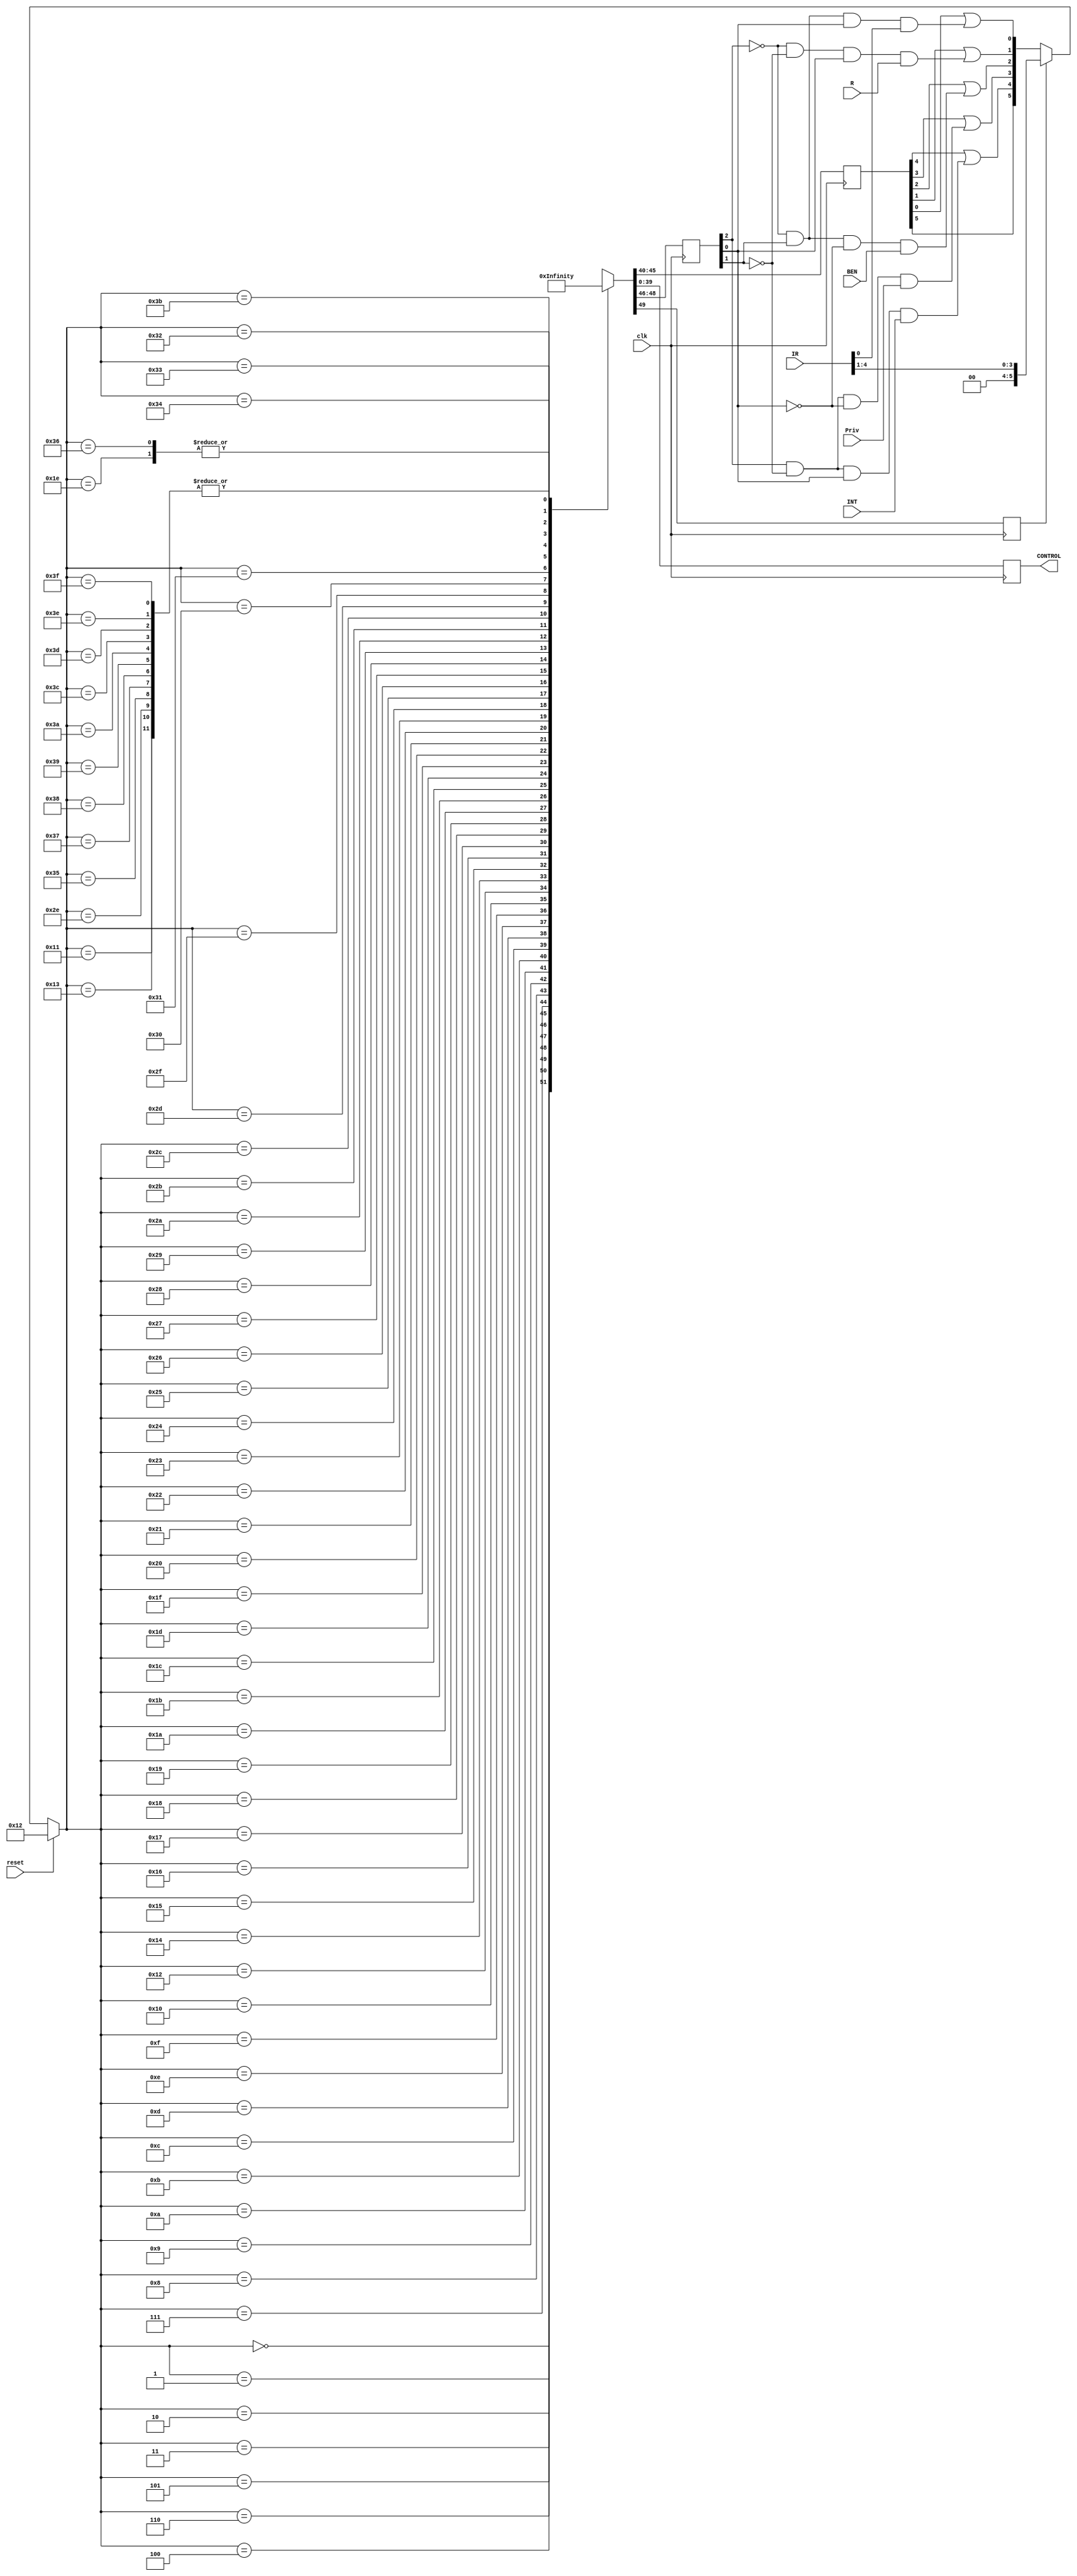
`timescale 1ns / 1ps
//////////////////////////////////////////////////////////////////////////////////
// Company: 
// Engineer: 
// 
// Design Name: 
// Module Name:    LC3_FSM 
// Project Name: 
// Target Devices: 
// Tool versions: 
// Description: 
//
// Dependencies: 
//
// Revision: 
// Revision 0.01 - File Created
// Additional Comments: 
//
//////////////////////////////////////////////////////////////////////////////////
module LC3_FSM(
		input						clk,
		input						reset,
		input						Priv,
		input						BEN,
		input			[15:11]	IR,
		input						R,
		input						INT,
		
		output	reg[39:0]	CONTROL
    );
	 
	wire				[49:0]	SIGNALS		[63:0];	

	reg				[5:0]		CS,NS;
	reg				[5:0]		J;
	reg				[2:0]		COND;
	reg							IRD;
	
assign SIGNALS[0 ] = 50'b00100100100000000000000000000000000000000000000000;
assign SIGNALS[1 ] = 50'b00000100100000110000000010000000000100000000000000;
assign SIGNALS[2 ] = 50'b00000110011000000000000001000000000001000100000000;
assign SIGNALS[3 ] = 50'b00000101111000000000000001000000000001000100000000;
assign SIGNALS[4 ] = 50'b00110101000000100000001000000000010000000000000000;
assign SIGNALS[5 ] = 50'b00000100100000110000000010000000000100000000001000;
assign SIGNALS[6 ] = 50'b00000110011000000000000001000000000110100100000000;
assign SIGNALS[7 ] = 50'b00000101111000000000000001000000000110100100000000;
assign SIGNALS[8 ] = 50'b01001001001000000000000010000000001000000000011000;
assign SIGNALS[9 ] = 50'b00000100100000110000000010000000000100000000010000;
assign SIGNALS[10] = 50'b00000110001000000000000001000000000001000100000000;
assign SIGNALS[11] = 50'b00000111011000000000000001000000000001000100000000;
assign SIGNALS[12] = 50'b00000100100000001000000000000010000110000000000000;
assign SIGNALS[13] = 50'b01001001010100000010010000001000000000000010000000;
assign SIGNALS[14] = 50'b00000100100000110000000001000000000001000100000000;
assign SIGNALS[15] = 50'b00000111001000000000000001000000000000000000000000;
assign SIGNALS[16] = 50'b00010100000000000000000000000000000000000000000110;
assign SIGNALS[17] = 50'b00000000000000000000000000000000000000000000000000;
assign SIGNALS[18] = 50'b01011000011000001000001000000000000000000000000000;
assign SIGNALS[19] = 50'b00000000000000000000000000000000000000000000000000;
assign SIGNALS[20] = 50'b00000100100000101000001000000010010110000000000000;
assign SIGNALS[21] = 50'b00000100100000001000000000000010000001100000000000;
assign SIGNALS[22] = 50'b00000100100000001000000000000010000001000000000000;
assign SIGNALS[23] = 50'b00000100000100000000000010000000000000000000011000;
assign SIGNALS[24] = 50'b00010110000100000000000000000000000000000000000100;
assign SIGNALS[25] = 50'b00010110010100000000000000000000000000000000000100;
assign SIGNALS[26] = 50'b00000110011000000000000100000000000000000000000000;
assign SIGNALS[27] = 50'b00000100100000110000000100000000000000000000000000;
assign SIGNALS[28] = 50'b00010111000100100000001000000000010000000000000100;
assign SIGNALS[29] = 50'b00010111010100000000000000000000000000000000000100;
assign SIGNALS[30] = 50'b00000100100000001000000100000001000000000000000000;
assign SIGNALS[31] = 50'b00000101111000000000000100000000000000000000000000;
assign SIGNALS[32] = 50'b10000000000001000000000000000000000000000000000000;
assign SIGNALS[33] = 50'b00011000010100000000000000000000000000000000000100;
assign SIGNALS[34] = 50'b01001100110000100000000000000100101000000000000000;
assign SIGNALS[35] = 50'b00001000000010000000000100000000000000000000000000;
assign SIGNALS[36] = 50'b00011001000100000000000000000000000000000000000100;
assign SIGNALS[37] = 50'b00001010011000100000000000000100101000001000000000;
assign SIGNALS[38] = 50'b00001001110000001000000100000001000000000000000000;
assign SIGNALS[39] = 50'b00001010001000100000000000000100101000000000000000;
assign SIGNALS[40] = 50'b00011010000100000000000000000000000000000000000100;
assign SIGNALS[41] = 50'b00011010010000000000000000000000000000000000100110;
assign SIGNALS[42] = 50'b00001000100000010110000100000000000000000000000000;
assign SIGNALS[43] = 50'b00001011110100000000000000010000000000000000000000;
assign SIGNALS[44] = 50'b00001011010100000010010000001000000000000001000000;
assign SIGNALS[45] = 50'b00001001010000100000100000000100101000010000000000;
assign SIGNALS[46] = 50'b00000000000000000000000000000000000000000000000000;
assign SIGNALS[47] = 50'b00001100001000100000000000000100101000001000000000;
assign SIGNALS[48] = 50'b00011100000000000000000000000000000000000000000110;
assign SIGNALS[49] = 50'b01001001010100000110010000001000000000000000000000;
assign SIGNALS[50] = 50'b00001101001000000000000000100000000000000000000000;
assign SIGNALS[51] = 50'b00000100100000000000000000000000000000000000000000;
assign SIGNALS[52] = 50'b00011101000100000000000000000000000000000000000100;
assign SIGNALS[53] = 50'b00000000000000000000000000000000000000000000000000;
assign SIGNALS[54] = 50'b00000100100000001000000100000001000000000000000000;
assign SIGNALS[55] = 50'b00000000000000000000000000000000000000000000000000;
assign SIGNALS[56] = 50'b00000000000000000000000000000000000000000000000000;
assign SIGNALS[57] = 50'b00000000000000000000000000000000000000000000000000;
assign SIGNALS[58] = 50'b00000000000000000000000000000000000000000000000000;
assign SIGNALS[59] = 50'b00000100100000100001000000000100101000011000000000;
assign SIGNALS[60] = 50'b00000000000000000000000000000000000000000000000000;
assign SIGNALS[61] = 50'b00000000000000000000000000000000000000000000000000;
assign SIGNALS[62] = 50'b00000000000000000000000000000000000000000000000000;
assign SIGNALS[63] = 50'b00000000000000000000000000000000000000000000000000;
	
	
	always@(*)	begin
		if(reset)
				NS=6'd18;
		else if(IRD)
				NS={2'b00,IR[15:12]};
		else 
				NS=	{J[5],
						 J[4]|( COND[2]& ~COND[1]& COND[0] &INT)		,
						 J[3]|( COND[2]& ~COND[1]&~COND[0] &Priv)	,
						 J[2]|(~COND[2]&  COND[1]&~COND[0] &BEN)		,
						 J[1]|(~COND[2]& ~COND[1]& COND[0] &R)			,
						 J[0]|(~COND[2]&  COND[1]& COND[0] &IR[11])	
						};
						
	end
	
	
	always@(posedge clk)	begin
		CS<=NS;
	end
	
	always@(posedge clk)	begin
			{IRD,COND,J,CONTROL}<=SIGNALS[NS];
	end
	
	

endmodule